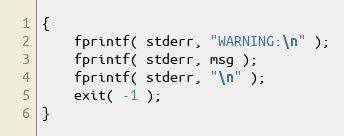
Language: C++
{
	fprintf( stderr, "WARNING:\n" );
	fprintf( stderr, msg );
	fprintf( stderr, "\n" );
	exit( -1 );
}